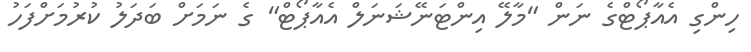
ހިންގި އެއާޕޯޓްގެ ނަން "މާލޭ އިންޓަނޭޝަނަލް އެއާޕޯޓް" ގެ ނަމަށް ބަދަލު ކުރުމަށްފަހު